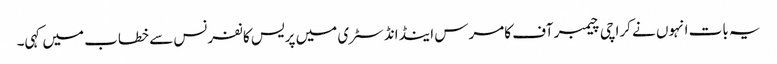
یہ بات انہوں نے کراچی چیمبر آف کامرس اینڈ انڈسٹری میں پریس کانفرنس سے خطاب میں کہی۔